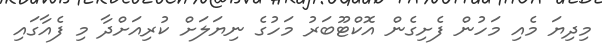
މިދިޔަ މެއި މަހުން ފެށިގެން އޮކްޓޫބަރު މަހުގެ ނިޔަލަށް ކުރިއަށްދާ މި ފެއާގައި